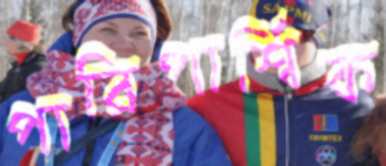
পারিপার্শ্বিক